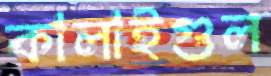
কালাইগুল